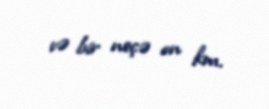
və bir neçə on km.